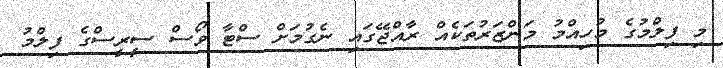
މި ފިލްމުގެ މުހިއްމު މަންޒަރުތަކެއް ރާއްޖޭގައި ނެގުމަށް ސްޓާ ވޯސް ސީރީސްގެ ފިލްމު